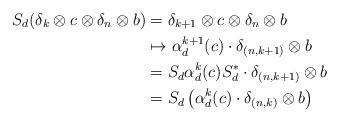
LaTeX: \begin{align*} S_d(\delta_k \otimes c \otimes \delta_n \otimes b) &= \delta_{k+1} \otimes c \otimes \delta_n \otimes b \\ &\mapsto \alpha_d^{k+1}(c)\cdot \delta_{(n,k+1)}\otimes b \\ &= S_d \alpha_d^k(c) S_d^* \cdot \delta_{(n,k+1)} \otimes b \\ &= S_d\left( \alpha_d^k(c) \cdot \delta_{(n,k)} \otimes b \right)\end{align*}